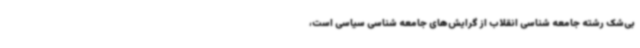
بی‌شک رشته جامعه شناسی انقلاب از گرایش‌های جامعه شناسی سیاسی است،